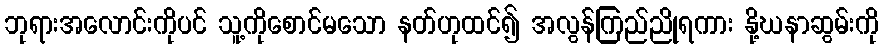
ဘုရားအလောင်းကိုပင် သူ့ကိုစောင်မသော နတ်ဟုထင်၍ အလွန်ကြည်ညိုရကား နို့ဃနာဆွမ်းကို